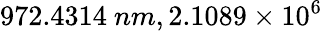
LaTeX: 972.4314~nm,2.1089\times 10^{6}